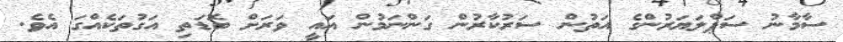
ސާމާނު ސަޕްލަޔަރުންގެ އަތުން ސަރުކާރުން ގަންނަމުން އައީ ވަރަށް ބޮޑަތި އަގުތަކެއްގަ އެވެ.